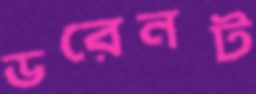
ডরেনট